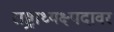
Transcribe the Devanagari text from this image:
राष्ट्राध्यक्ष्पदावर